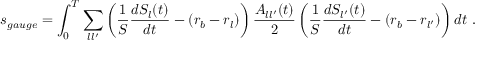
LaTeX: s _ { g a u g e } = \int _ { 0 } ^ { T } \sum _ { l l ^ { \prime } } \left( \frac 1 S \frac { d S _ { l } ( t ) } { d t } - ( r _ { b } - r _ { l } ) \right) \frac { A _ { l l ^ { \prime } } ( t ) } { 2 } \left( \frac 1 S \frac { d S _ { l ^ { \prime } } ( t ) } { d t } - ( r _ { b } - r _ { l ^ { \prime } } ) \right) d t \ .